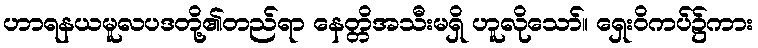
ဟာရနယမူလပဒတို့၏တည်ရာ နေတ္တိအသီးမရှိ ဟူလိုသော်။ ရှေးဝိကပ်၌ကား